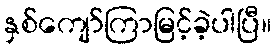
နှစ်ကျော်ကြာမြင့်ခဲ့ပါပြီ။